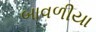
બાવળીયા